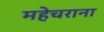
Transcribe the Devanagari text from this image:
महेचराना